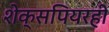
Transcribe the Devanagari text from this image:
शेक्सपियरही